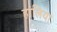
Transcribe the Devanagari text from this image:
हांलिया